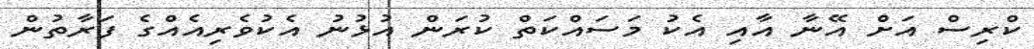
ކްރިސް އަށް އޭނާ އާއި އެކު މަސައްކަތް ކުރަން އުޅުނު އެކުވެރިއެއްގެ ފަރާތުން